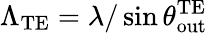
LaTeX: \Lambda_{\mathrm{TE}}=\lambda/\sin\theta_{\mathrm{out}}^{\mathrm{TE}}